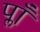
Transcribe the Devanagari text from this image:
प्लाँ